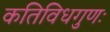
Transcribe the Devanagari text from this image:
कतिविधगुणः